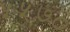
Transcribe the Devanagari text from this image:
५५७०